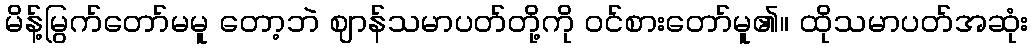
မိန့်မြွက်တော်မမူ တော့ဘဲ ဈာန်သမာပတ်တို့ကို ဝင်စားတော်မူ၏။ ထိုသမာပတ်အဆုံး